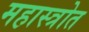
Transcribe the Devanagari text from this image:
महास्त्रोत